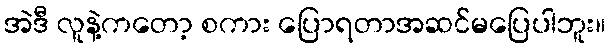
အဲဒီ လူနဲ့ကတော့ စကား ပြောရတာအဆင်မပြေပါဘူး။